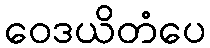
ဝေဒယိတံပေ